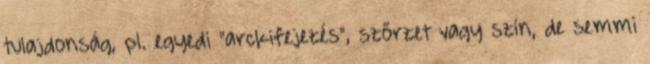
tulajdonság, pl. egyedi "arckifejezés", szőrzet vagy szín, de semmi